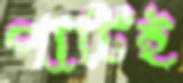
পার্টিই